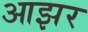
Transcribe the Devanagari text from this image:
आझर